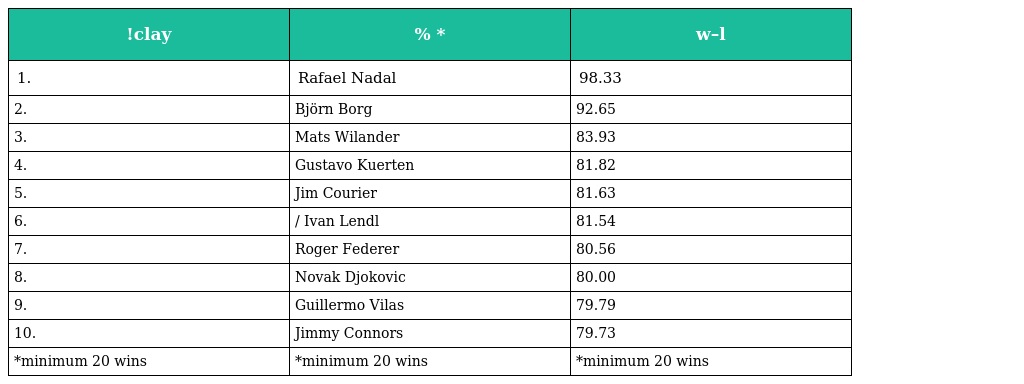
| !clay | % * | w–l |
 | --- | --- | --- |
 | 1. | Rafael Nadal | 98.33 |
 | 2. | Björn Borg | 92.65 |
 | 3. | Mats Wilander | 83.93 |
 | 4. | Gustavo Kuerten | 81.82 |
 | 5. | Jim Courier | 81.63 |
 | 6. | / Ivan Lendl | 81.54 |
 | 7. | Roger Federer | 80.56 |
 | 8. | Novak Djokovic | 80.00 |
 | 9. | Guillermo Vilas | 79.79 |
 | 10. | Jimmy Connors | 79.73 |
 | *minimum 20 wins | *minimum 20 wins | *minimum 20 wins |